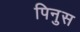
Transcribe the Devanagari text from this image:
पिनुस